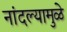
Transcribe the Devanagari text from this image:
नांदल्यामुळे